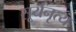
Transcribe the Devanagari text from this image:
सूर्यनृत्य